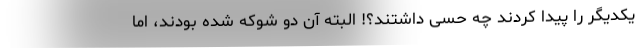
یکدیگر را پیدا کردند چه حسی داشتند؟! البته آن دو شوکه شده بودند، اما